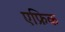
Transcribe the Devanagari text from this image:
एफ्रिक